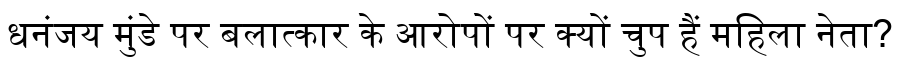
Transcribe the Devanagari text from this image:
धनंजय मुंडे पर बलात्कार के आरोपों पर क्यों चुप हैं महिला नेता?